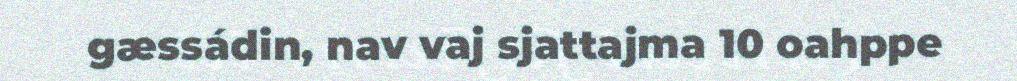
gæssádin, nav vaj sjattajma 10 oahppe